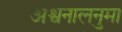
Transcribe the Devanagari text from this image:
अश्वनालनुमा